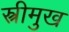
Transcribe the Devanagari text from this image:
स्त्रीमुख